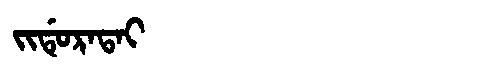
Manchu: ᠵᡳᡩᡠᡵᠠᡨᠠᡳ
Romanization: JIDURATAI